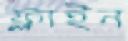
ফ্লাইন